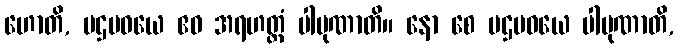
ဟောတိ, ပဌမဝယေ ဧဝ အရဟတ္တံ ပါပုဏာတိ။ နော စေ ပဌမဝယေ ပါပုဏာတိ,